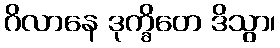
ဂိလာနေ ဒုက္ခိတေ ဒိသွာ၊